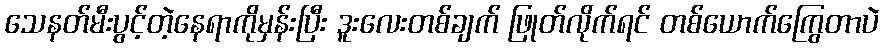
သေနတ်မီးပွင့်တဲ့နေရာကိုမှန်းပြီး ဒူးလေးတစ်ချက် ဖြုတ်လိုက်ရင် တစ်ယောက်ကြွေတာပဲ